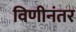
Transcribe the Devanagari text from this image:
विणीनंतर